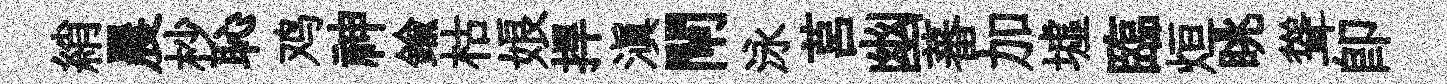
綃晨杪恥鸡神鍮枯娘捍滇閘泳莒幽蕃加墟臨烜眺聳卽